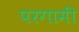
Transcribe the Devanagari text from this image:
परगामी